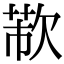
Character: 𣣐